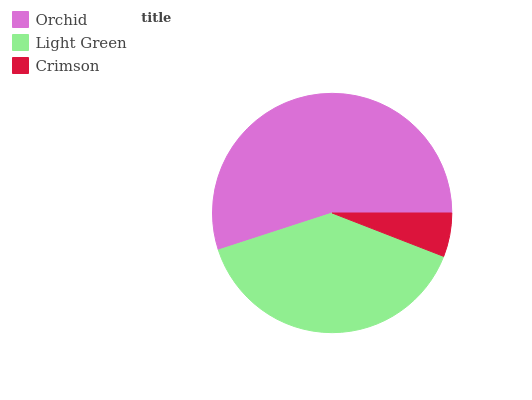
| Orchid | Light Green | Crimson |
 | --- | --- | --- |
 | 55% | 39.1% | 5.9% |